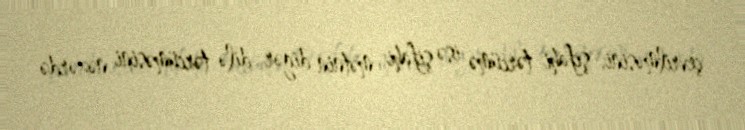
çevrilməsini, şifahi tərcümə isə şifahi mətnin digər dilə tərcüməsini nəzərdə